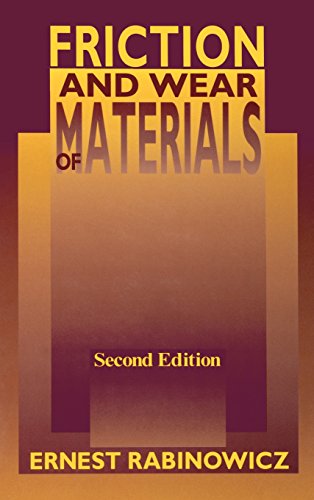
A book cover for Friction and Wear of Materials; Ernest Rabinowicz; Science & Math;